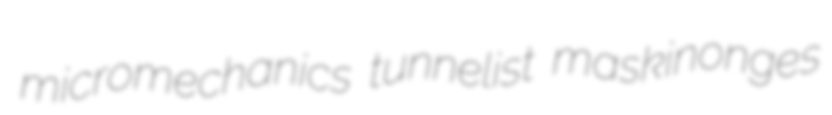
micromechanics tunnelist maskinonges